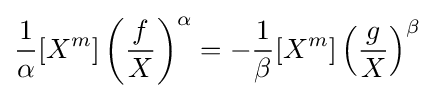
{\frac {1}{\alpha }}[X^{m}]\left({\frac {f}{X}}\right)^{\alpha }=-{\frac {1}{\beta }}[X^{m}]\left({\frac {g}{X}}\right)^{\beta }